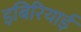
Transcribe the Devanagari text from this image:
इबिरियाई